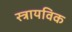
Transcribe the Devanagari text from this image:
स्त्रायविक